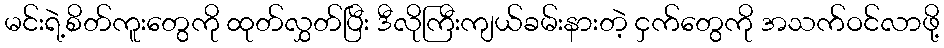
မင်းရဲ့စိတ်ကူးတွေကို ထုတ်လွှတ်ပြီး ဒီလိုကြီးကျယ်ခမ်းနားတဲ့ ငှက်တွေကို အသက်ဝင်လာဖို့